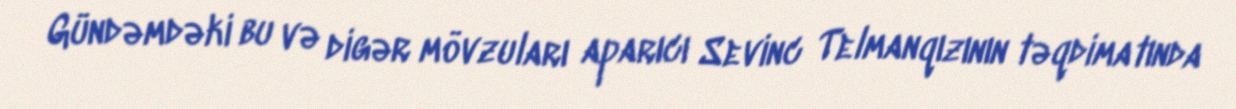
Gündəmdəki bu və digər mövzuları aparıcı Sevinc Telmanqızının təqdimatında